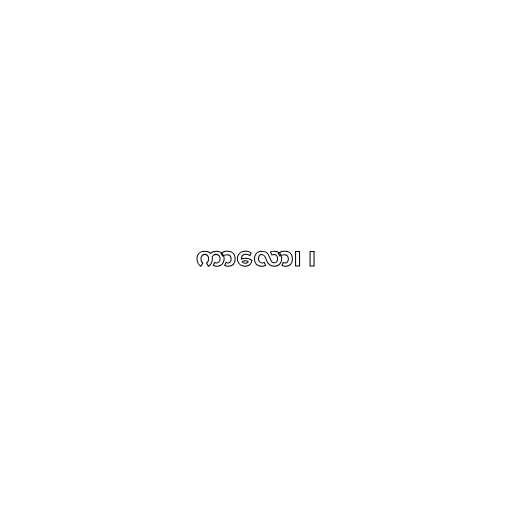
ကာလော၊ ၊